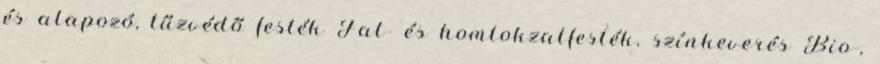
és alapozó, tűzvédő festék Fal- és homlokzatfesték, színkeverés Bio-,